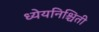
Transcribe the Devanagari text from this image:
ध्येयनिश्चिती